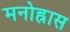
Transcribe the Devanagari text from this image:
मनोह्रास